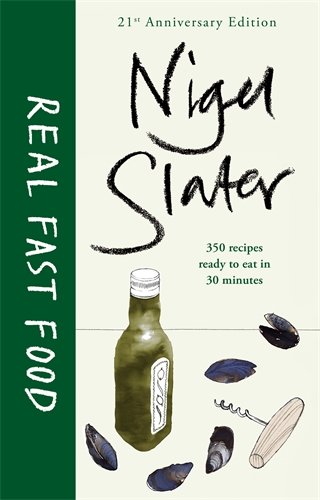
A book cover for Real Fast Food; Nigel Slater; Cookbooks, Food & Wine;